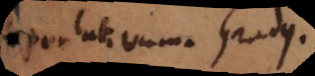
Superlativum. Gradus.